Report on lock hospitals in British Burma
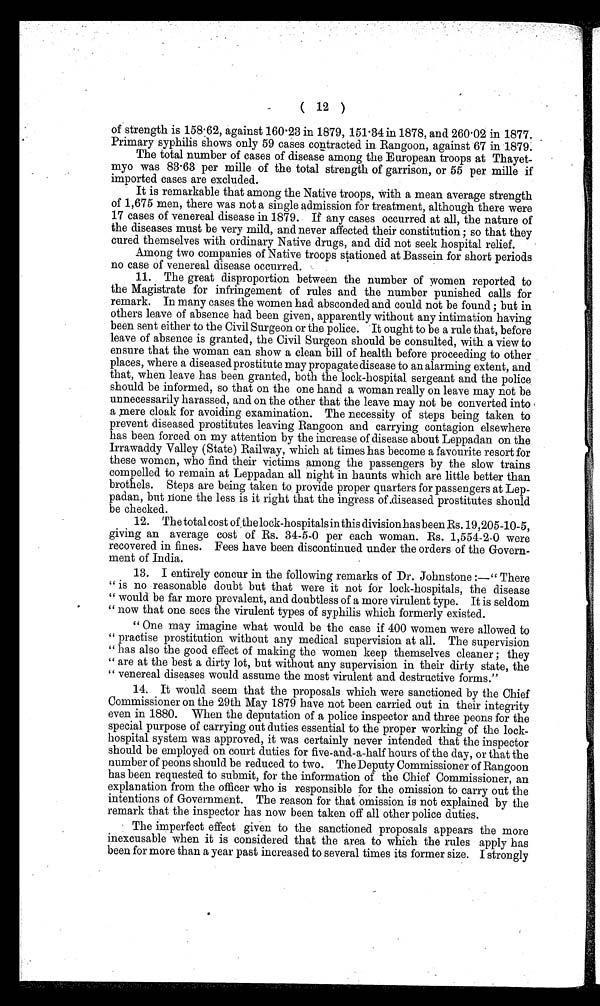
( 12 )
of strength is 158.62, against 160.23 in 1879, 151.34 in 1878, and 260.02 in 1877.
Primary syphilis shows only 59 cases contracted in Rangoon, against 67 in 1879.
The total number of cases of disease among the European troops at Thayet-
myo was 83.63 per mille of the total strength of garrison, or 55 per mille if
imported cases are excluded.
It is remarkable that among the Native troops, with a mean average strength
of 1,675 men, there was not a single admission for treatment, although there were
17 cases of venereal disease in 1879. If any cases occurred at all, the nature of
the diseases must be very mild, and never affected their constitution ; so that they
cured themselves with ordinary Native drugs, and did not seek hospital relief.
Among two companies of Native troops stationed at Bassein for short periods
no case of venereal disease occurred.
11. The great disproportion between the number of women reported to
the Magistrate for infringement of rules and the number punished calls for
remark. In many cases the women had absconded and could not be found ; but in
others leave of absence had been given, apparently without any intimation having
been sent either to the Civil Surgeon or the police. It ought to be a rule that, before
leave of absence is granted, the Civil Surgeon should be consulted, with a view to
ensure that the woman can show a clean bill of health before proceeding to other
places, where a diseased prostitute may propagate disease to an alarming extent, and
that, when leave has been granted, both the lock-hospital sergeant and the police
should be informed, so that on the one hand a woman really on leave may not be
unnecessarily harassed, and on the other that the leave may not be converted into
a mere cloak for avoiding examination. The necessity of steps being taken to
prevent diseased prostitutes leaving Rangoon and carrying contagion elsewhere
has been forced on my attention by the increase of disease about Leppadan on the
Irrawaddy Valley (State) Railway, which at times has become a favourite resort for
these women, who find their victims among the passengers by the slow trains
compelled to remain at Leppadan all night in haunts which are little better than
brothels. Steps are being taken to provide proper quarters for passengers at Lep-
padan, but none the less is it right that the ingress of ,diseased prostitutes should
be checked.
12. The total cost ofthe lock-hospitals in this division has been Rs. 19,205-10-5,
giving an average cost of Rs. 34-5-0 per each woman. Rs. 1,554-2-0 were
recovered in fines. Fees have been discontinued under the orders of the Govern-
ment of India.
13. I entirely concur in the following remarks of Dr. Johnstone :—" There
" is no reasonable doubt but that were it not for lock-hospitals, the disease
" would be far more prevalent, and doubtless of a more virulent type. It is seldom
" now that one sees the virulent types of syphilis which formerly existed.
" One may imagine what would be the case if 400 women were allowed to
" practise prostitution without any medical supervision at all. The supervision
" has also the good effect of making the women keep themselves cleaner ; they
" are at the best a dirty lot, but without any supervision in their dirty state, the
" venereal diseases would assume the most virulent and destructive forms."
14, It would seem that the proposals which were sanctioned by the Chief
Commissioner on the 29th May 1879 have not been carried out in their integrity
even in 1880. When the deputation of a police inspector and three peons for the
special purpose of carrying out duties essential to the proper working of the lock-
hospital system was approved, it was certainly never intended that the inspector
should be employed on court duties for five-and-a-half hours of the day, or that the
number of peons should be reduced to two. The Deputy Commissioner of Rangoon
has been requested to submit, for the information of the Chief Commissioner, an
explanation from the officer who is responsible for the omission to carry out the
intentions of Government. The reason for that omission is not explained by the
remark that the inspector has now been taken off all other police duties.
The imperfect effect given to the sanctioned proposals appears the more
inexcusable when it is considered that the area to which the rules apply has
been for more than a year past increased to several times its former size. I strongly